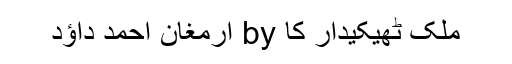
ملک ٹھیکیدار کا by ارمغان احمد داؤد